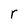
Character: r